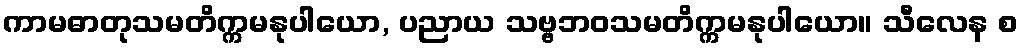
ကာမဓာတုသမတိက္ကမနုပါယော, ပညာယ သဗ္ဗဘဝသမတိက္ကမနုပါယော။ သီလေန စ